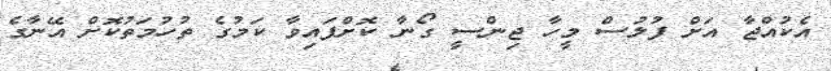
އެކުއްޖާ އަށް ފުލުސް މީހާ ޖިންސީ ގޯނާ ކޮށްފައިވާ ކަމުގެ ތުހުމަތުކޮށް އޭނާގެ